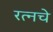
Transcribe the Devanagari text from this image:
रत्‍नचे